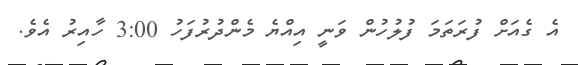
އެ ގެއަށް ފުރަތަމަ ފުލުހުން ވަނީ އިއްޔެ މެންދުރުފަހު 3:00 ހާއިރު އެވެ.